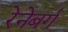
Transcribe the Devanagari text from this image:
रेनेबर्ग